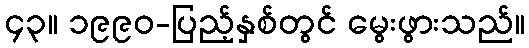
၄၃။ ၁၉၉၀-ပြည့်နှစ်တွင် မွေးဖွားသည်။